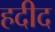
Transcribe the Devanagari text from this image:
हदीद